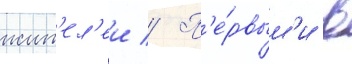
жит'ел'еи // П'е́рвым'и в